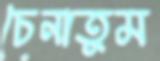
চেনাতুম